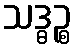
သဒ္ဓဉ္စ